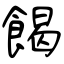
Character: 餲